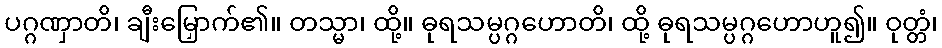
ပဂ္ဂဏှာတိ၊ ချီးမြှောက်၏။ တသ္မာ၊ ထို့။ ဓုရသမ္ပဂ္ဂဟောတိ၊ ထို့ ဓုရသမ္ပဂ္ဂဟောဟူ၍။ ဝုတ္တံ၊